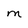
Character: M